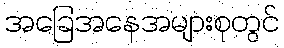
အခြေအနေအများစုတွင်